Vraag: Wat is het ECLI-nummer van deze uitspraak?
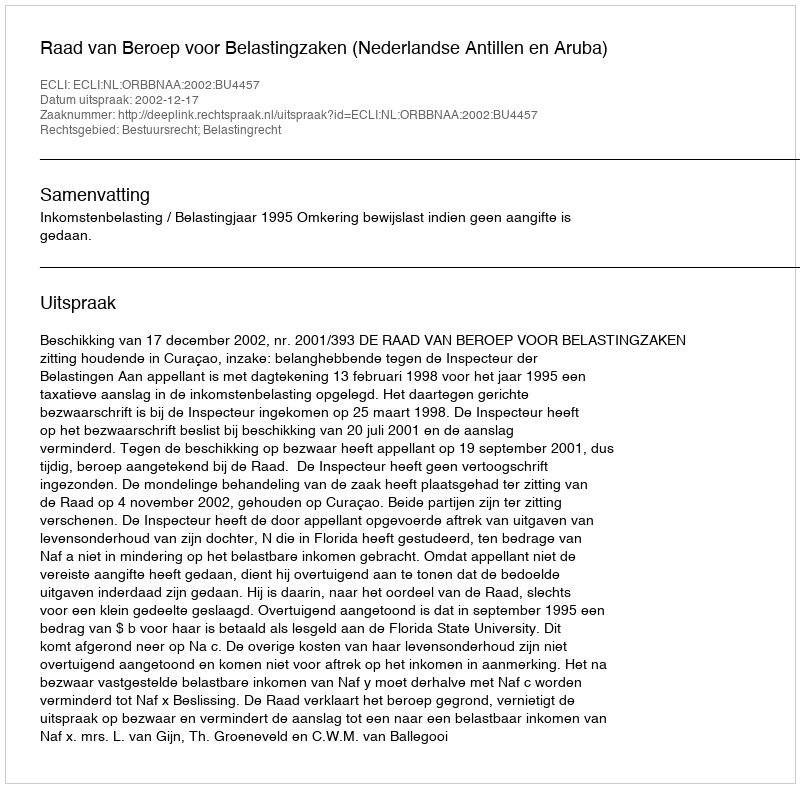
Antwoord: ECLI:NL:ORBBNAA:2002:BU4457